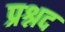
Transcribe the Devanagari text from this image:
प्रश्नद